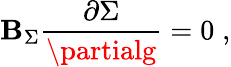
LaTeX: \mathbf{B}_{\Sigma}\frac{{\partial\Sigma}}{{\partialg}}=0\; ,